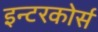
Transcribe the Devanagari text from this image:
इन्टरकोर्स